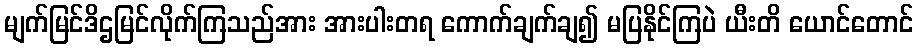
မျက်မြင်ဒိဌမြင်လိုက်ကြသည်အား အားပါးတရ ကောက်ချက်ချ၍ မပြနိုင်ကြပဲ ယီးတိ ယောင်တောင်